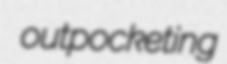
outpocketing